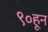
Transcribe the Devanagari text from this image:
९०हून